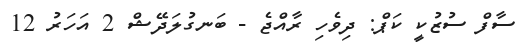
ސާފް ސުޒުކީ ކަޕް: ދިވެހި ރާއްޖެ - ބަނގުލަދޭޝް 2 އަހަރު 12